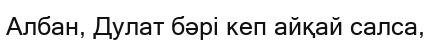
Албан, Дулат бәрі кеп айқай салса,